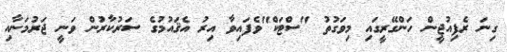
ގިނަ ރެފިއުޖީން ހަންގޭރީގައި މިވަގުތު "ސްޓަކް"ވެފައިވާ އިރު އެޤައުމުގެ ސަރުކާރުން ވަނީ ޖަރުމަނާއި